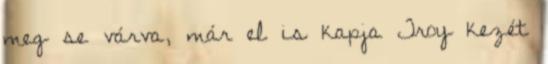
meg se várva, már el is kapja Troy kezét